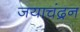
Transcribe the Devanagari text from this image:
जयाचंद्रन